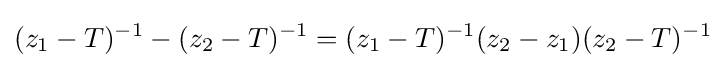
(z_{1}-T)^{-1}-(z_{2}-T)^{-1}=(z_{1}-T)^{-1}(z_{2}-z_{1})(z_{2}-T)^{-1}